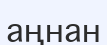
аңнан